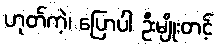
ဟုတ်ကဲ့၊ ပြောပါ ဦးမျိုးတင့်